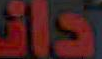
15